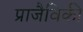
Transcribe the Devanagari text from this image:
प्राजैविकी